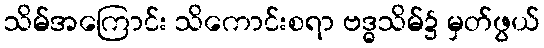
သိမ်အကြောင်း သိကောင်းစရာ ဗဒ္ဓသိမ်၌ မှတ်ဖွယ်